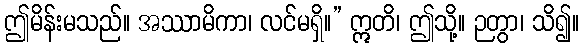
ဤမိန်းမသည်။ အဿာမိကာ၊ လင်မရှိ။” ဣတိ၊ ဤသို့။ ဉတွာ၊ သိ၍။